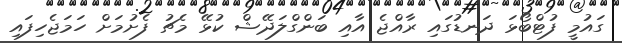
ގައުމީ ފުޓްބޯޅަ ދަނޑުގައި ރާއްޖެ އާއި ބަންގްލަދޭޝް ކުޅޭ މެޗު ފެށުމަށް ހަމަޖެހިފައި